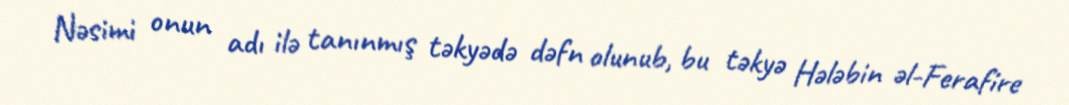
Nəsimi onun adı ilə tanınmış təkyədə dəfn olunub, bu təkyə Hələbin əl-Ferafire